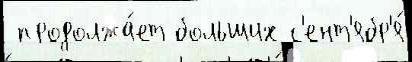
 продолжа́ет больших с'ент'ябр'я́